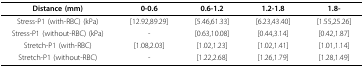
<table><thead><tr><td><b>Distance (mm)</b></td><td><b>0-0.6</b></td><td><b>0.6-1.2</b></td><td><b>1.2-1.8</b></td><td><b>1.8-</b></td></tr></thead><tbody><tr><td>Stress-P1 (with-RBC) (kPa)</td><td>[12.92,89.29]</td><td>[5.46,61.33]</td><td>[6.23,43.40]</td><td>[1.55,25.26]</td></tr><tr><td>Stress-P1 (without-RBC) (kPa)</td><td>-</td><td>[0.63,10.08]</td><td>[0.44,3.14]</td><td>[0.42,1.87]</td></tr><tr><td>Stretch-P1 (with-RBC)</td><td>[1.08,2.03]</td><td>[1.02,1.23]</td><td>[1.02,1.41]</td><td>[1.01,1.14]</td></tr><tr><td>Stretch-P1 (without-RBC)</td><td>-</td><td>[1.22,2.68]</td><td>[1.26,1.79]</td><td>[1.28,1.49]</td></tr></tbody></table>